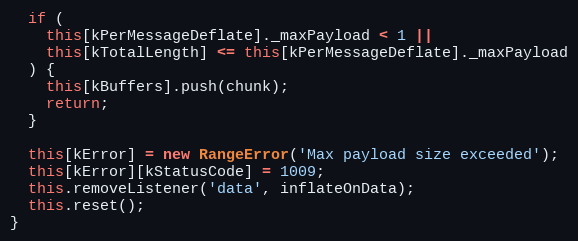
Language: JavaScript
  if (
    this[kPerMessageDeflate]._maxPayload < 1 ||
    this[kTotalLength] <= this[kPerMessageDeflate]._maxPayload
  ) {
    this[kBuffers].push(chunk);
    return;
  }

  this[kError] = new RangeError('Max payload size exceeded');
  this[kError][kStatusCode] = 1009;
  this.removeListener('data', inflateOnData);
  this.reset();
}